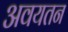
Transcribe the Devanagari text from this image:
अवयतन